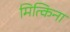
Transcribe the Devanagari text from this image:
मित्किना